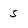
Character: 5